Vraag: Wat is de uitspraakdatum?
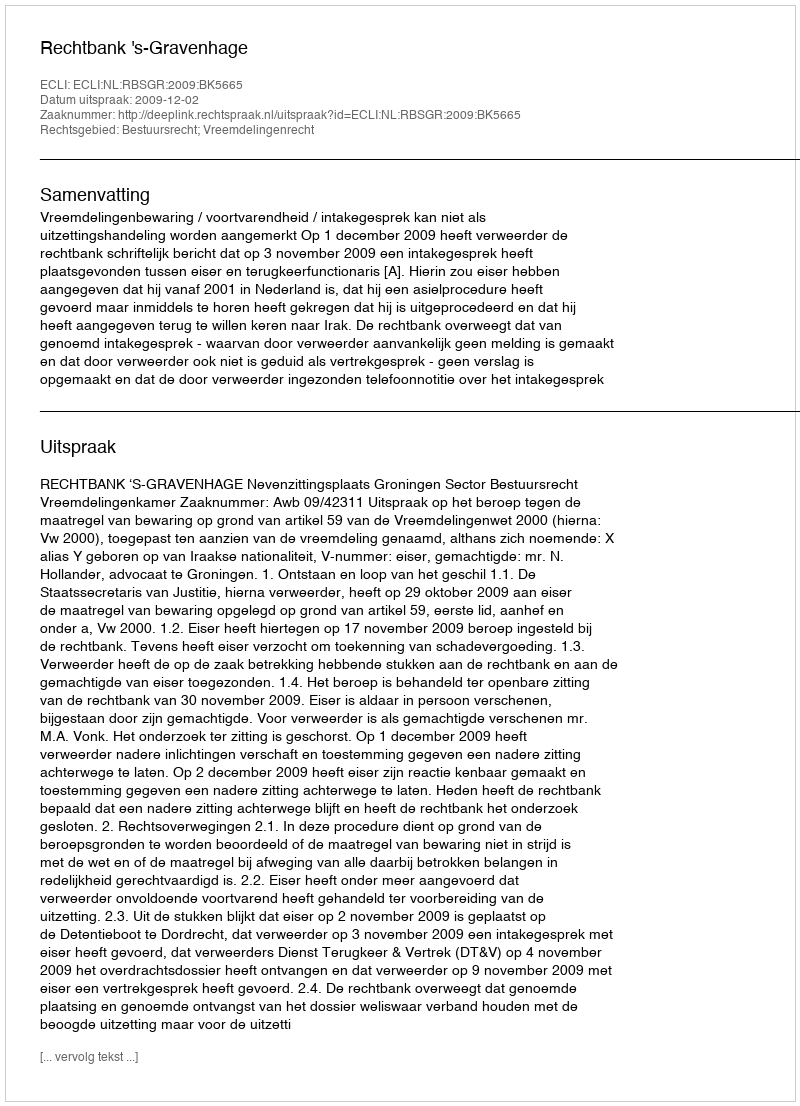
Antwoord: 2009-12-02